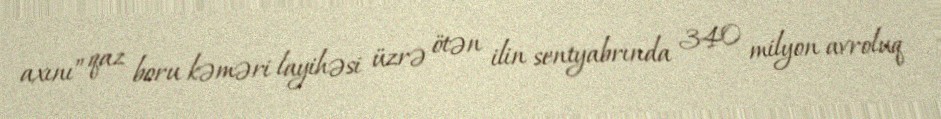
axını” qaz boru kəməri layihəsi üzrə ötən ilin sentyabrında 340 milyon avroluq